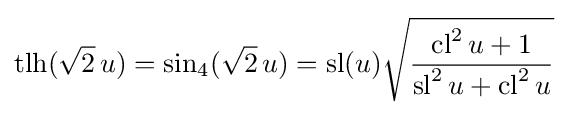
{\text{tlh}}({\sqrt {2}}\,u)=\sin _{4}({\sqrt {2}}\,u)=\operatorname {sl} (u){\sqrt {\frac {\operatorname {cl} ^{2}u+1}{\operatorname {sl} ^{2}u+\operatorname {cl} ^{2}u}}}